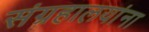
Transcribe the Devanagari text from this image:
संग्रहालयांना